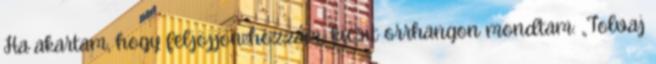
Ha akartam, hogy feljöjjön hozzám, kicsit orrhangon mondtam: „Tolvaj